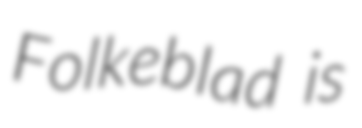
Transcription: Folkeblad is